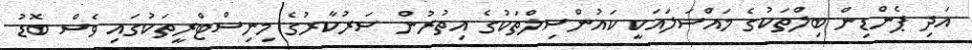
އަދި ޕެންޑިން ބިލްތަކުގެ މައްސަލައަކީ ކައުންސިލްތަކުގެ އިތުރުން ސަރުކާރުގެ މިނިސްޓްރީތަކުގައި ވެސް ބޮޑު